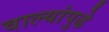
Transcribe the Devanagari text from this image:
वाल्यांपुढे